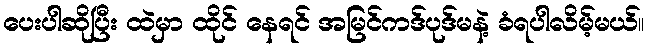
ပေးပါဆိုပြီး ထဲမှာ ထိုင် နေရင် အမြင်ကဒ်ပုဒ်မနဲ့ ခံရပါလိမ့်မယ်။